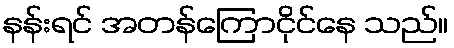
နန်းရင် အတန်ကြောငိုင်နေ သည်။